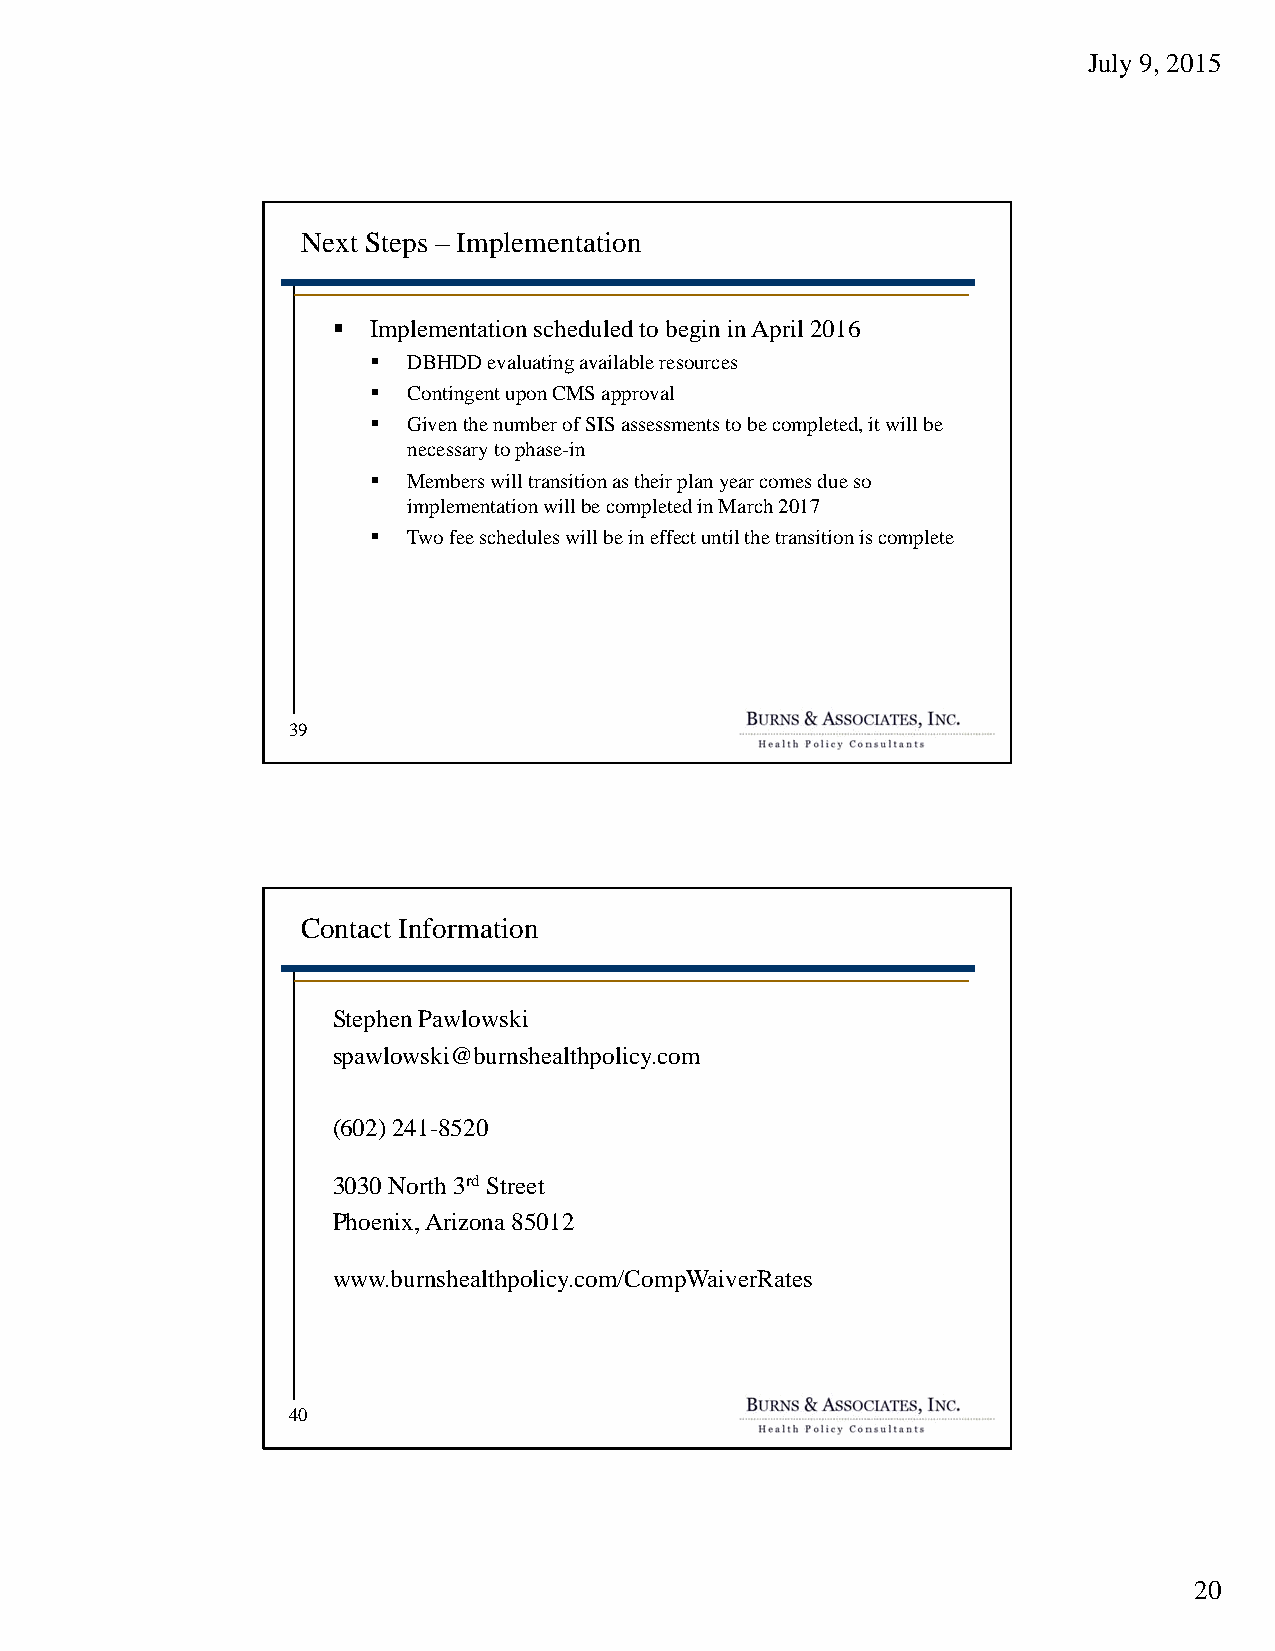
July 9, 2015
 Next Steps – Implementation
  Implementation scheduled to begin in April 2016
   DBHDD evaluating available resources
   Contingent upon CMS approval
   Given the number of SIS assessments to be completed, it will be
 necessary to phase-in
   Members will transition as their plan year comes due so
 implementation will be completed in March 2017
   Two fee schedules will be in effect until the transition is complete
 39
 Contact Information
 Stephen Pawlowski
 spawlowski@burnshealthpolicy.com
 (602) 241-8520
 3030 North 3rd Street
 Phoenix, Arizona 85012
 www.burnshealthpolicy.com/CompWaiverRates
 40
 20